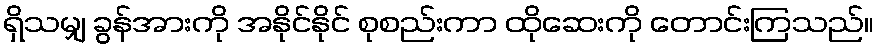
ရှိသမျှ ခွန်အားကို အနိုင်နိုင် စုစည်းကာ ထိုဆေးကို တောင်းကြသည်။